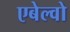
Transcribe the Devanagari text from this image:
एबेल्वो